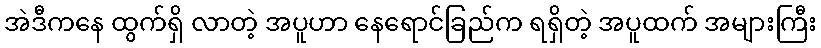
အဲဒီကနေ ထွက်ရှိ လာတဲ့ အပူဟာ နေရောင်ခြည်က ရရှိတဲ့ အပူထက် အများကြီး